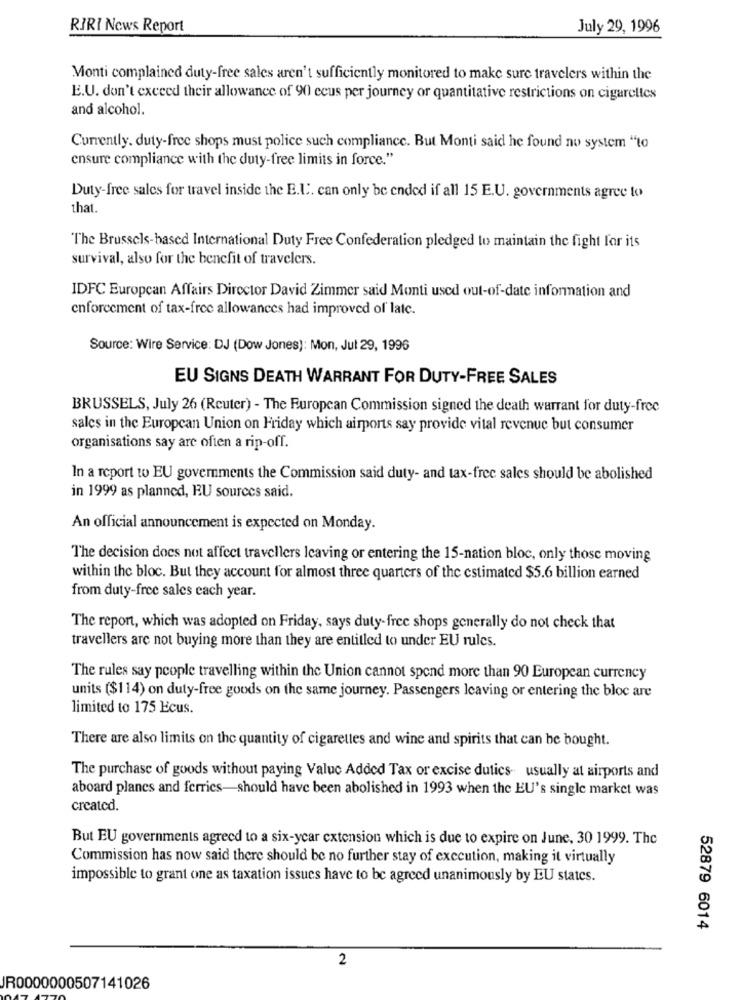
RIRI News Report
July 29, 1996
Monti complained duty-free sales aren't sufficiently monitored to make sure travelers within the
E.U. don't exceed their allowance of 90 ecus per journey or quantitative restrictions on cigarettes
and alcohol.
Currently. duty-free shops must police such compliance. But Monti said he found no system "to
ensure compliance with the duty-free limits in force."
Duty-free sales for travel inside the E.L. can only be ended if all 15 E.U. governments agree to
that.
The Brussels-based International Duty Free Confederation pledged to maintain the fight for its
survival, also for the benefit of travelers.
IDFC European Affairs Director David Zimmer said Monti used out-of-date information and
enforcement of tax-free allowances had improved of late.
Source: Wire Service: DJ (Dow Jones): Mon, Jul 29, 1996
EU SIGNS DEATH WARRANT FOR DUTY-FREE SALES
BRUSSELS, July 26 (Reuter) - The European Commission signed the death warrant for duty-free
sales in the European Union on Friday which airports say provide vital revenue but consumer
organisations say are often a rip-off.
In a report to EU governments the Commission said duty- and tax-free sales should be abolished
in 1999 as planned, EU sources said.
An official announcement is expected on Monday.
The decision does not affect travellers leaving or entering the 15-nation bloc, only those moving
within the bloc. But they account for almost three quarters of the estimated $5.6 billion earned
from duty-free sales each year.
The report, which was adopted on Friday, says duty-free shops generally do not check that
travellers are not buying more than they are entitled to under EU rules.
The rules say people travelling within the Union cannot spend more than 90 European currency
units ($114) on duty-free goods on the same journey. Passengers leaving or entering the bloc are
limited to 175 Ecus.
There are also limits on the quantity of cigarettes and wine and spirits that can be bought.
The purchase of goods without paying Value Added Tax or excise dutics usually at airports and
aboard planes and ferries-should have been abolished in 1993 when the EU's single market was
created.
But EU governments agreed to a six-year extension which is due to expire on June, 30 1999. The
Commission has now said there should be no further stay of execution, making it virtually
impossible to grant one as taxation issues have to be agreed unanimously by EU states.
52879 6014
2
JR0000000507141026